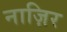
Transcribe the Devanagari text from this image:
नाज़िर